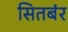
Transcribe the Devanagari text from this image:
सितबंर